Lunatic asylums United Provinces 1909-1921 - 1909-1921
Year: 1909
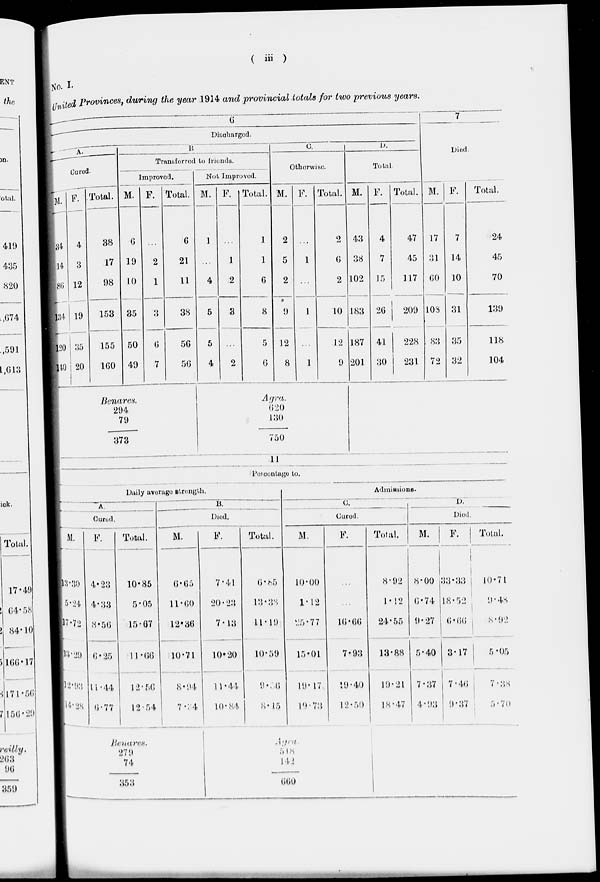
( iii )
No. I.
United Provinces, during the year 1914 and provincial totals for two previous years.
6
Discharged.
A.
Cured.
M.
34
14
86
134
120
140
F.
4
3
12
19
35
20
Total.
38
17
98
153
155
160
B.
Transferred to friends.
Improved.
M.
6
19
10
35
50
49
F.
...
2
1
3
6
7
Total.
6
21
11
38
56
56
Not Improved.
M.
1
...
4
5
5
4
F.
...
1
2
3
...
2
Total.
1
1
6
8
5
6
C.
Otherwise.
M.
2
5
2
9
12
8
F.
...
1
...
1
...
1
Total.
2
6
2
10
12
9
D.
Total.
M.
43
38
102
183
187
201
F.
4
7
15
26
41
30
Total.
47
45
117
209
228
231
7
Died.
M.
17
31
60
108
83
72
F.
7
14
10
31
35
32
Total.
24
45
70
139
118
104
Benares.
294
79
373
Agra.
620
130
750
11
Percentage to.
Daily average strength.
A.
Cured.
M.
13.30
5.24
17.72
13.29
l2.93
14.28
F.
4.23
4.33
8.56
6.25
11.44
6.77
Total.
10.85
5.05
15.67
11.66
12.56
12.54
B.
Died.
M.
6.65
11.60
12.36
10.71
8.94
7.24
F.
7.41
20.23
7.13
10.20
11.44
10.84
Total.
6.85
13.38
11.19
10.59
9.36
8.15
Admissions.
C.
Cured.
M.
10.00
1.12
25.77
15.01
19.17
l9.73
F.
...
...
16.66
7.93
19.40
12.50
Total.
8.92
1.12
24.55
13.88
19.21
18.47
D.
Died.
M.
8.00
6.74
9.27
5.40
7.37
4.93
F.
33.33
18.52
6.66
3.17
7.46
9.37
Total.
10.71
9.48
8.92
5.05
7.38
5.70
Benares.
279
74
353
Agra.
518
142
660